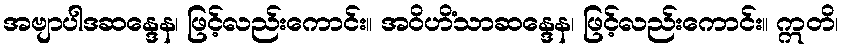
အဗျာပါဒဆန္ဒေန၊ ဖြင့်လည်းကောင်း။ အဝိဟိံသာဆန္ဒေန၊ ဖြင့်လည်းကောင်း။ ဣတိ၊